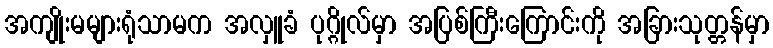
အကျိုးမများရုံသာမက အလှူခံ ပုဂ္ဂိုလ်မှာ အပြစ်ကြီးကြောင်းကို အခြားသုတ္တန်မှာ